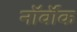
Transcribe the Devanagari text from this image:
नॉर्वॉक